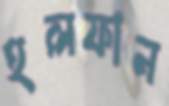
হলফান